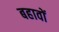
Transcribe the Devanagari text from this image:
बहावों